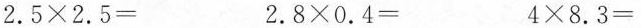
2.5\times2.5= 2.8\times0.4= 4\times8.3=